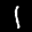
Label: 1